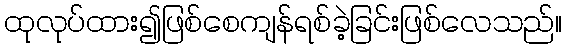
ထုလုပ်ထား၍ဖြစ်စေကျန်ရစ်ခဲ့ခြင်းဖြစ်လေသည်။